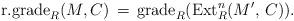
LaTeX: \begin{align*}\textrm{r.grade}_R(M, C) \, = \, \textrm{grade}_R(\textrm{Ext}_{R}^n (M',\,C)).\end{align*}